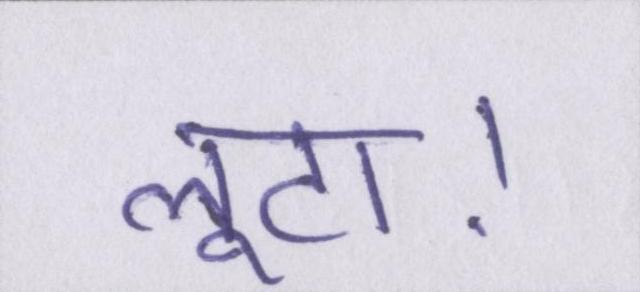
लूटा।